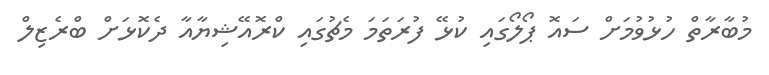
މުބާރާތް ހުޅުވުމަށް ސައޮ ޕޯލޯގައި ކުޅޭ ފުރަތަމަ މެޗުގައި ކްރޮއޭޝިޔާއާ ދެކޮޅަށް ބްރެޒިލް